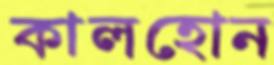
কালহোন